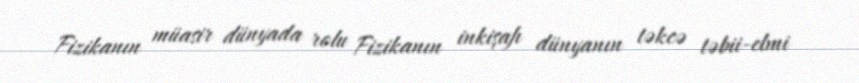
Fizikanın müasir dünyada rolu Fizikanın inkişafı dünyanın təkcə təbii-elmi